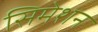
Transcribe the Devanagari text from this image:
सिमेशन